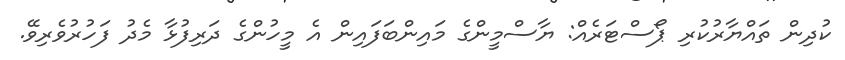
ކުދިން ތައްޔާރުކުރި ޕޯސްޓަރެއް: ޔާސްމީންގެ މައިންބަފައިން އެ މީހުންގެ ދަރިފުޅާ މެދު ފަހުރުވެރިވޭ.